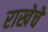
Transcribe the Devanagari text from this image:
राखेचे